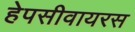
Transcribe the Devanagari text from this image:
हेपसीवायरस